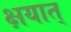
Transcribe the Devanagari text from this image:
क्षयात्